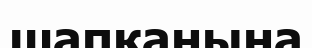
шапқанына